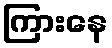
ကြားနေ